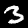
Digit: 3